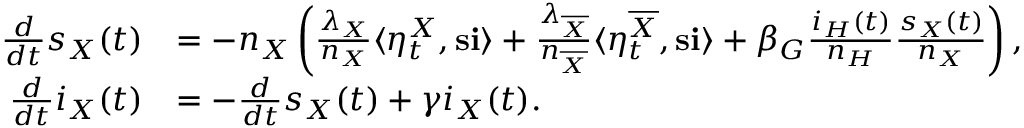
\begin{array} { r l } { \frac { d } { d t } s _ { X } ( t ) } & { = - n _ { X } \left( \frac { \lambda _ { X } } { n _ { X } } \langle \eta _ { t } ^ { X } , \mathbf { s } \mathbf { i } \rangle + \frac { \lambda _ { \overline { { X } } } } { n _ { \overline { { X } } } } \langle \eta _ { t } ^ { \overline { { X } } } , \mathbf { s } \mathbf { i } \rangle + \beta _ { G } \frac { i _ { H } ( t ) } { n _ { H } } \frac { s _ { X } ( t ) } { n _ { X } } \right) , } \\ { \frac { d } { d t } i _ { X } ( t ) } & { = - \frac { d } { d t } s _ { X } ( t ) + \gamma i _ { X } ( t ) . } \end{array}